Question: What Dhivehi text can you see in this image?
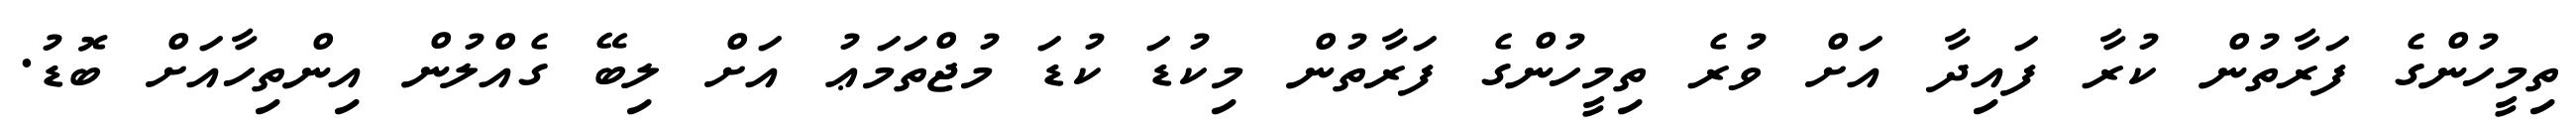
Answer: ތިމީހުންގެ ފަރާތުން ކުރާ ފައިދާ އަށް ވުރެ ތިމީހުންގެ ފަރާތުން މިކުޑަ ކުޑަ މުޖްތަމަޢު އަށް ލިބޭ ގެއްލުން އިންތިހާއަށް ބޮޑު.